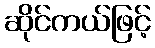
ဆိုင်ကယ်ဖြင့်